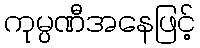
ကုမ္ပဏီအနေဖြင့်